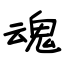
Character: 魂